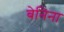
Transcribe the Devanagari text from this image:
बेनिना